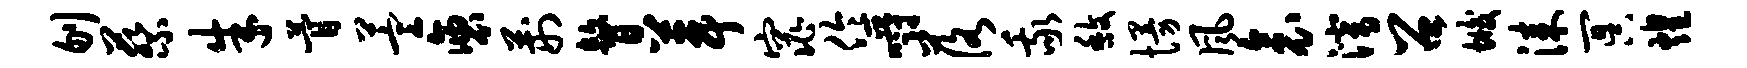
刎蔡朱瞢萱褒荆瞽葺窕伶嚼落我馥慢风衾潜召垢漆冥煌